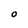
Character: 0